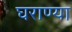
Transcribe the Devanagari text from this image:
घराण्या